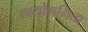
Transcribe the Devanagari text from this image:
उपयोगगिता